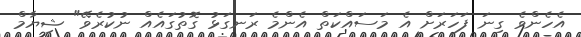
އެހެންވެ ގިނަ ފަހަރަށް އެ މަސައްކަތް އެންމެ ރަނގަޅު ގޮތުގައެއް ނުކުރެވޭ" ޝިޔާމް